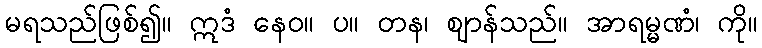
မရသည်ဖြစ်၍။ ဣဒံ နေဝ။ ပ။ တန၊ ဈာန်သည်။ အာရမ္မဏံ၊ ကို။